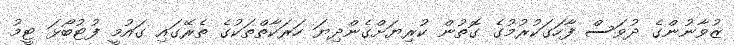
ޒުވާނުންގެ ދުވަސް ފާހަގަކުރުމުގެ ގޮތުން ކުރިޔަށްގެންދިޔަ ހަރަކާތްތަކުގެ ތެރޭގައި ގައުމީ ފުޓުބޯޅަ ޓީމު